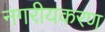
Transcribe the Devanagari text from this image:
नगरीयकरण